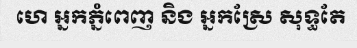
ហេ អ្នកភ្នំពេញ និង អ្នកស្រែ សុទ្ធតែ